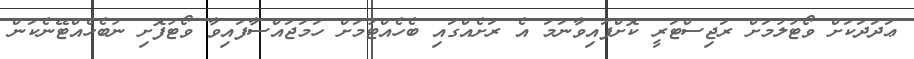
ޢަދަދަކަށް ވޯޓުލުމަށް ރަޖިސްޓަރީ ކޮށްފައިވާނަމަ އެ ރަށެއްގައި ބެހެއްޓުމަށް ހަމަޖައްސާފައިވާ ވޯޓުފޮށި ނުބެހެއްޓޭނެކަން